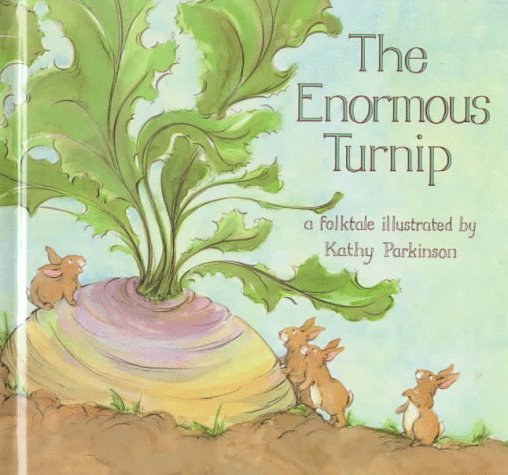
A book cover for The Enormous Turnip; Kathy Parkinson; Children's Books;